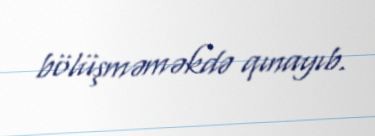
bölüşməməkdə qınayıb.